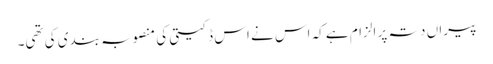
پیراں دتہ پر الزام ہے کہ اس نے اس ڈکیتی کی منصوبہ بندی کی تھی۔